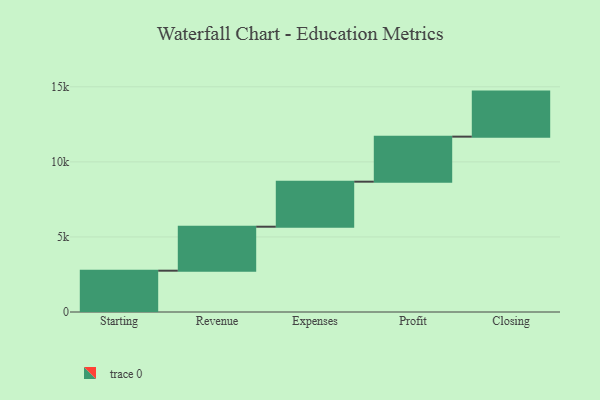
{"axis": {"x": "Step", "y": "Value"}, "legend": [""], "data": [{"x": "Starting", "y": 2752.0, "type": ""}, {"x": "Revenue", "y": 2929.0, "type": ""}, {"x": "Expenses", "y": 3000, "type": ""}, {"x": "Profit", "y": 3000, "type": ""}, {"x": "Closing", "y": 3000, "type": ""}]}